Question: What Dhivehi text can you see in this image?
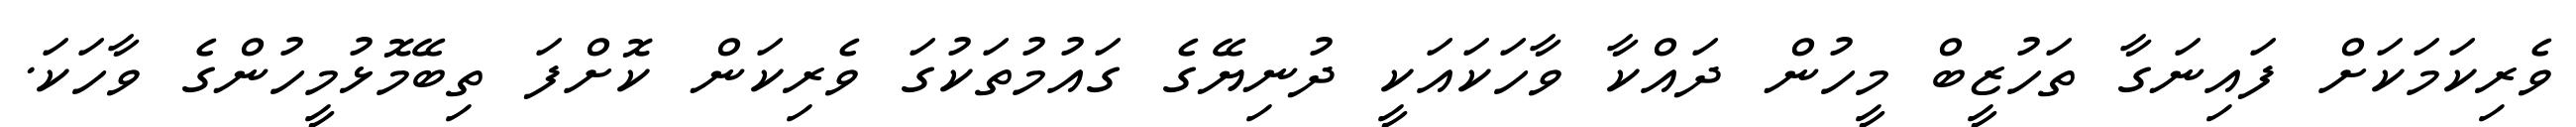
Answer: ވެރިކަމަކަށް ފައިނަގާ ތަހުޒީބް މީހުން ދައްކާ ވާހަކައަކީ ދުނިޔޭގެ ގައުމުތަކުގަ ވެރިކަން ކޮށްފަ ތިބޭމޮޅުމީހުންގެ ވާހަކަ.